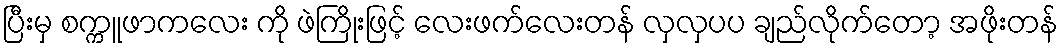
ပြီးမှ စက္ကူဖာကလေး ကို ဖဲကြိုးဖြင့် လေးဖက်လေးတန် လှလှပပ ချည်လိုက်တော့ အဖိုးတန်